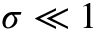
\sigma \ll 1